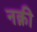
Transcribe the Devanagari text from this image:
नक़ी